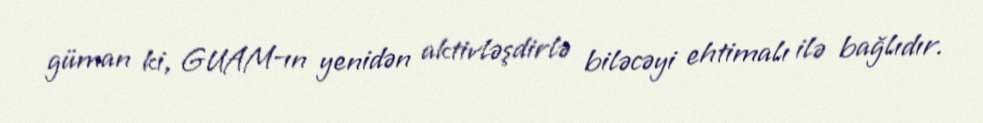
güman ki, GUAM-ın yenidən aktivləşdirlə biləcəyi ehtimalı ilə bağlıdır.